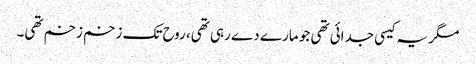
مگر یہ کیسی جدائی تھی جو مارے دے رہی تھی، روح تک زخم زخم تھی۔